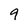
Character: 9